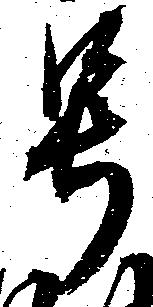
号